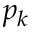
p _ { k }